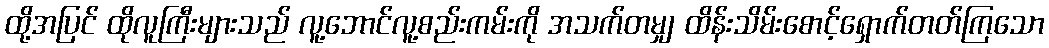
ထို့အပြင် ထိုလူကြီးများသည် လူ့ဘောင်လူ့စည်းကမ်းကို အသက်တမျှ ထိန်းသိမ်းစောင့်ရှောက်တတ်ကြသော